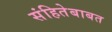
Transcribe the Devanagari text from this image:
संहितेबाबत